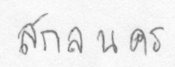
สกลนคร